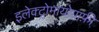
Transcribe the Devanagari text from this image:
इलेक्ट्रोमायोग्राफ़ी